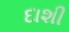
દાશી